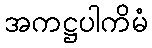
အကဋ္ဌပါကိမံ